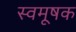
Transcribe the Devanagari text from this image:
स्वमूषक